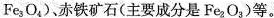
Fe_{3}O_{4})、赤铁矿石(主要成分是Fe_{2}O_{3})等。